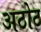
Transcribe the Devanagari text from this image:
अठोट